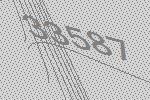
33587